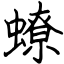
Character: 蟟